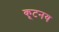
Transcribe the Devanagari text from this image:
कूटनय